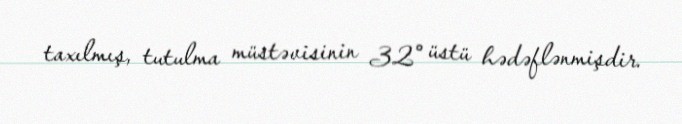
taxılmış, tutulma müstəvisinin 32° üstü hədəflənmişdir.